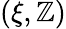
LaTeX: (\xi,\mathbb{Z})